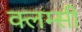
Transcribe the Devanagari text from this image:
क्लम्सी